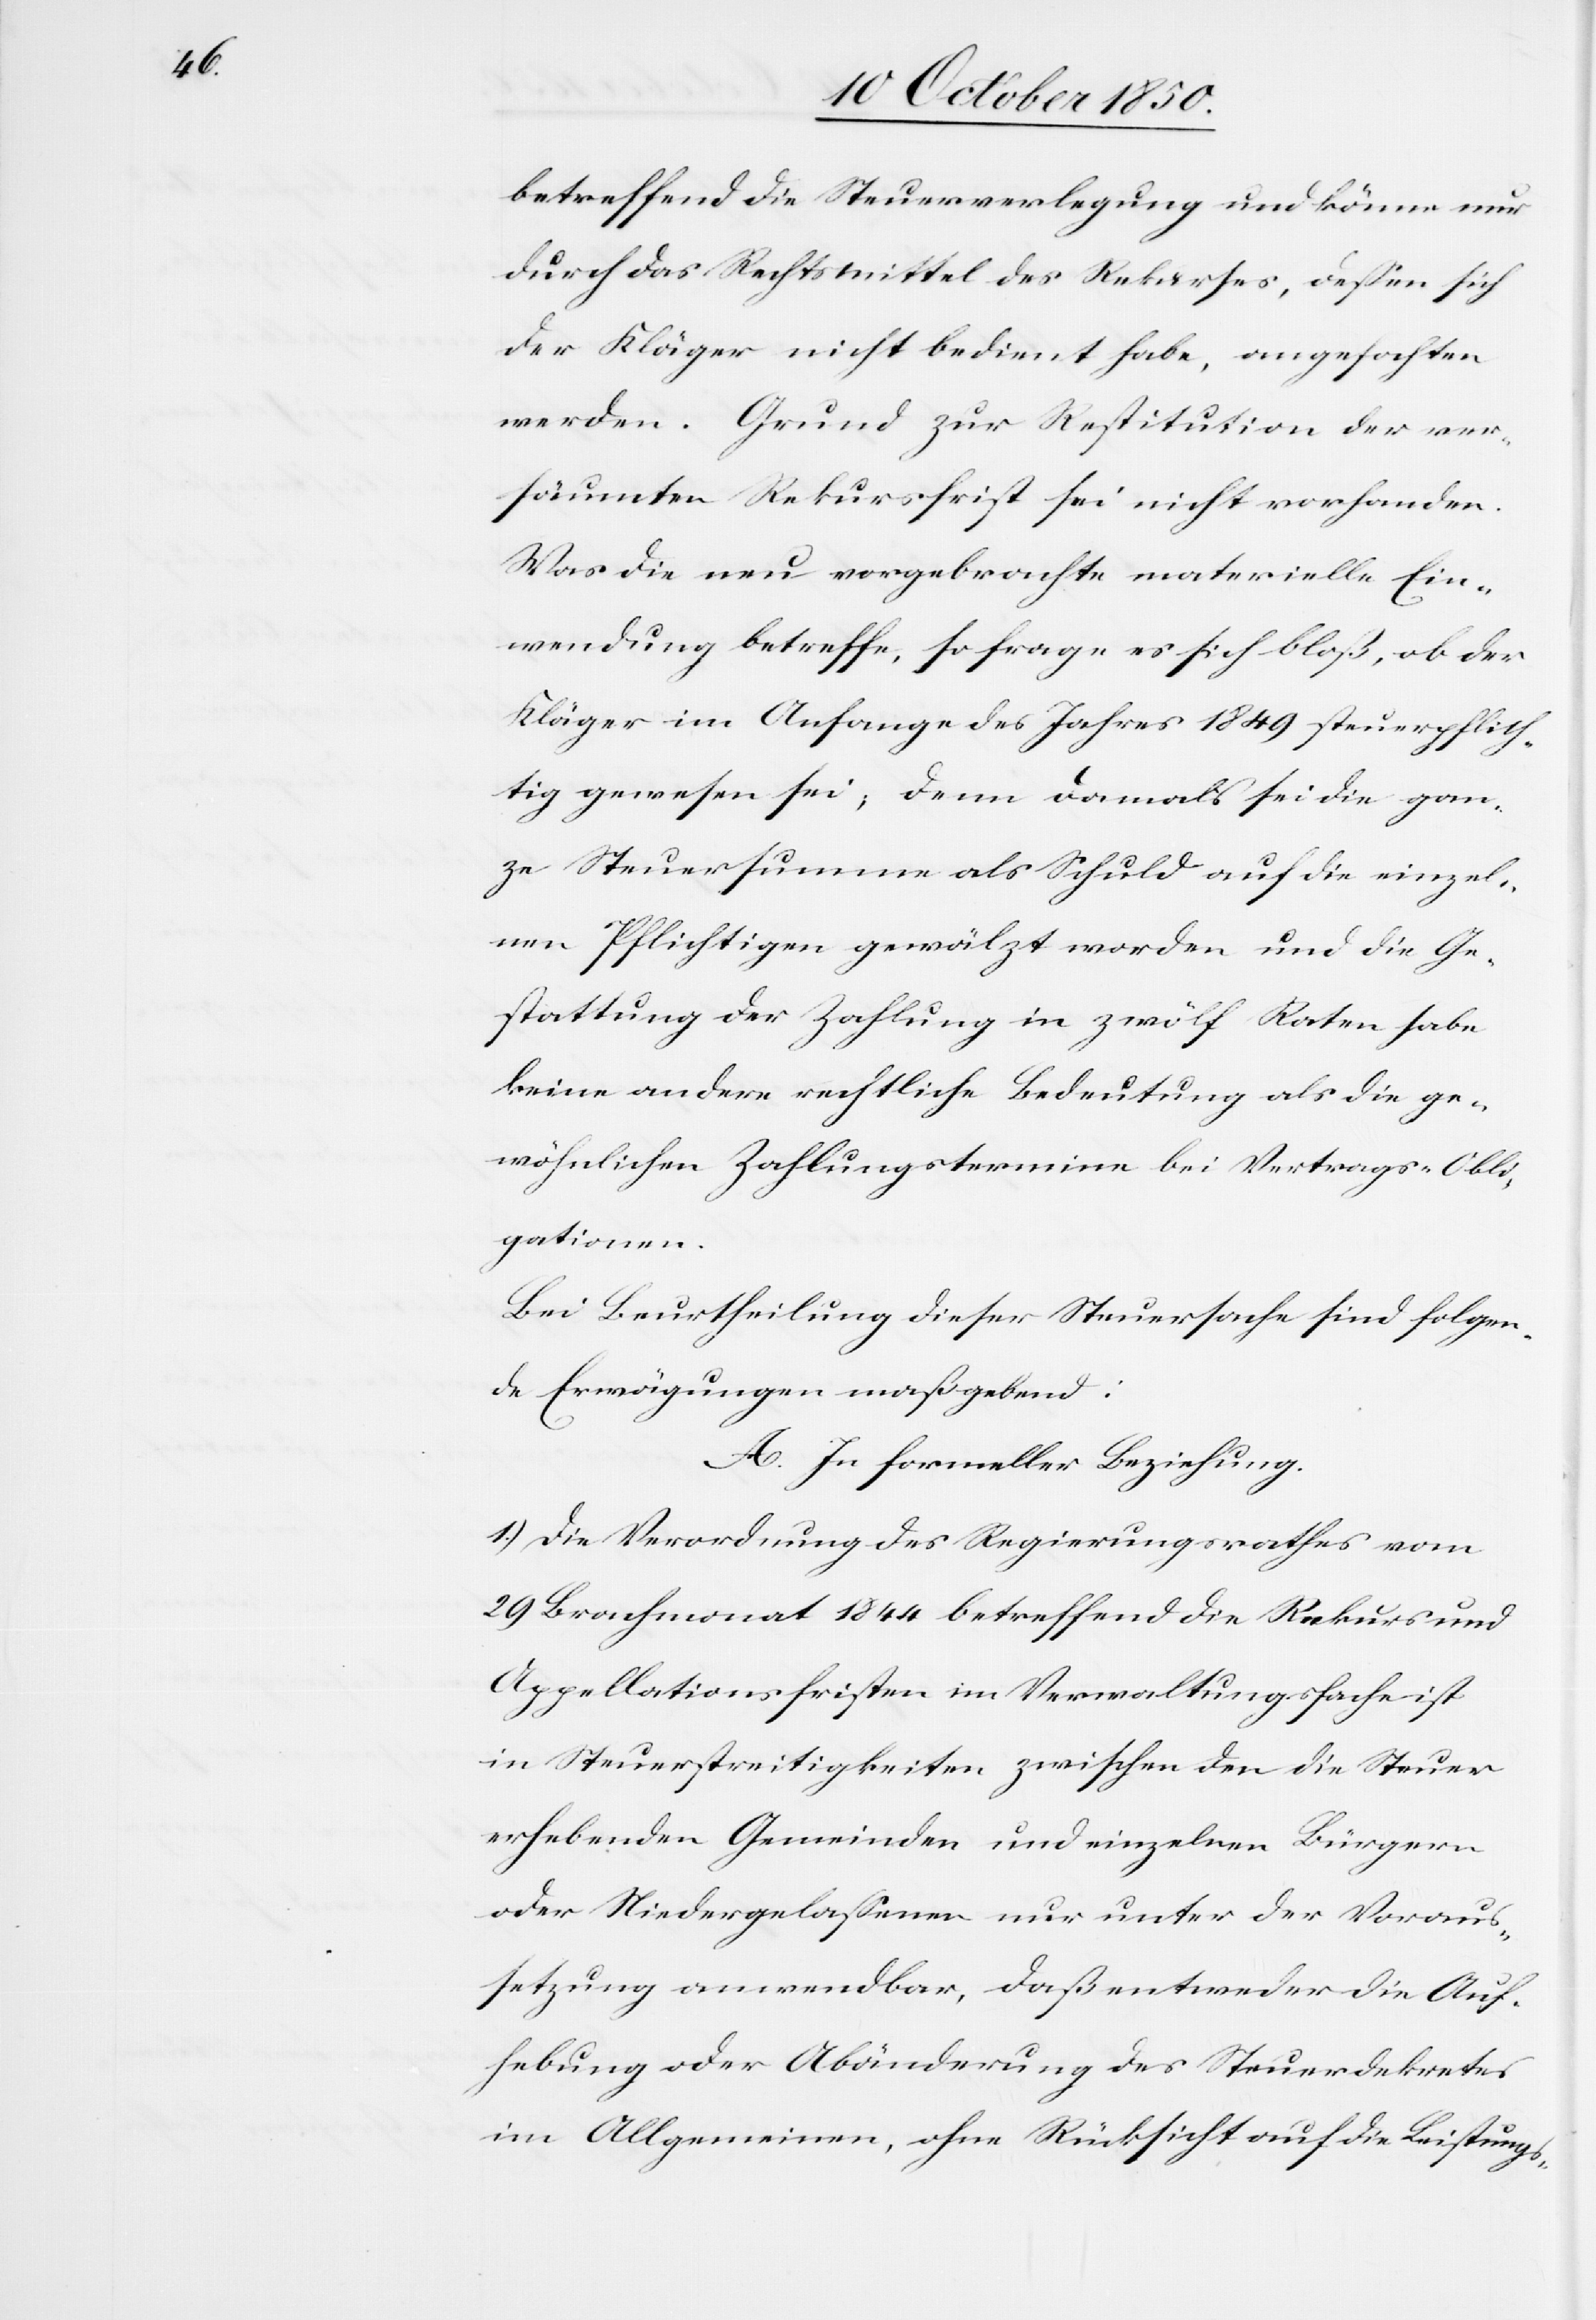
betreffend die Steuerverlegung und könne nur
durch das Rechtsmittel des Rekurses, dessen sich
der Kläger nicht bedient habe, angefochten
werden. Grund zur Restitution der ver¬
säumten Rekursfrist sei nicht vorhanden.
Was die neu vorgebrachte materielle Ein¬
wendung betreffe, so frage es sich bloß, ob der
Kläger im Anfange des Jahres 1849 steuerpflich¬
tig gewesen sei, denn damals sei die gan¬
ze Steuersumme als Schuld auf die einzel¬
nen Pflichtigen gewälzt worden und die Ge¬
stattung der Zahlung in zwölf Raten habe
keine andere rechtliche Bedeutung als die ge¬
wöhnlichen Zahlungstermine bei Vertrags-Obli¬
gationen.
Bei Beurtheilung dieser Steuersache sind folgen¬
de Erwägungen maßgebend:
A. In formeller Beziehung.
1.) Die Verordnung des Regierungsrathes vom
29 Brachmonat 1844 betreffend die Rekurs[-] und
Appellationsfristen im Verwaltungsfache ist
in Steuerstreitigkeiten zwischen den die Steuer
erhebenden Gemeinden und einzelnen Bürgern
oder Niedergelassenen nur unter der Voraus¬
setzung anwendbar, daß entweder die Auf¬
hebung oder Abänderung des Steuerdekretes
im Allgemeinen, ohne Rücksicht auf die Leistungs-